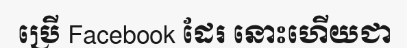
ប្រើ Facebook ដែរ នោះហើយជា